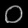
Digit: ၀